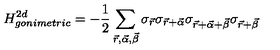
H _ { g o n i m e t r i c } ^ { 2 d } = - \frac { 1 } { 2 } \sum _ { \vec { r } , \vec { \alpha } , \vec { \beta } } \sigma _ { \vec { r } } \sigma _ { \vec { r } + \vec { \alpha } } \sigma _ { \vec { r } + \vec { \alpha } + \vec { \beta } } \sigma _ { \vec { r } + \vec { \beta } }